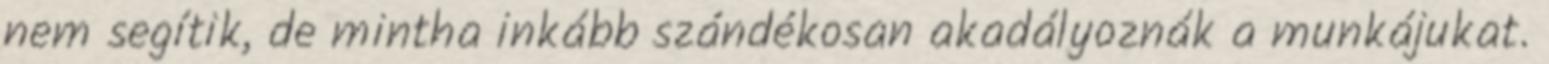
nem segítik, de mintha inkább szándékosan akadályoznák a munkájukat.